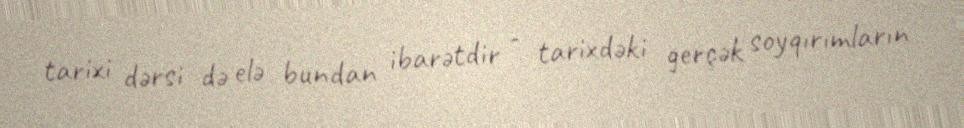
tarixi dərsi də elə bundan ibarətdir - tarixdəki gerçək soyqırımların